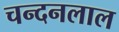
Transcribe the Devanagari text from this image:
चन्दनलाल